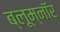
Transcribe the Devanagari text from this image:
ब्लूम्नॉर